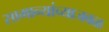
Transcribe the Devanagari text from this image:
सामान्यांच्याजवळ